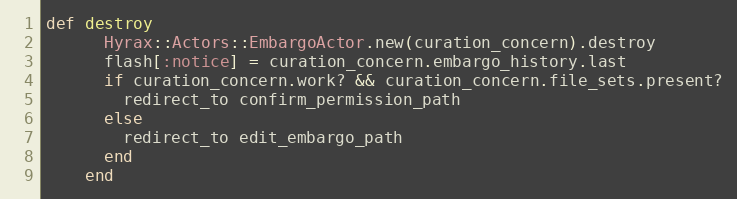
Language: Ruby
def destroy
      Hyrax::Actors::EmbargoActor.new(curation_concern).destroy
      flash[:notice] = curation_concern.embargo_history.last
      if curation_concern.work? && curation_concern.file_sets.present?
        redirect_to confirm_permission_path
      else
        redirect_to edit_embargo_path
      end
    end